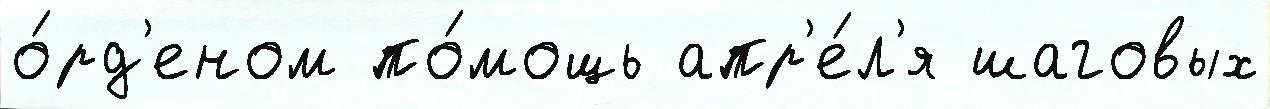
о́рд'еном по́мощь апр'е́л'я шаговых